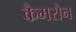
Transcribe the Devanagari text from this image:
कैमरौन